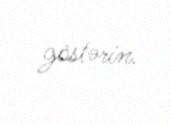
göstərin.